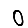
Digit: 0